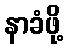
နာခံဖို့